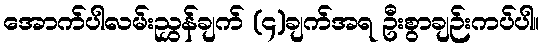
အောက်ပါလမ်းညွှန်ချက် (၄)ချက်အရ ဦးစွာချဉ်းကပ်ပါ။